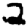
Digit: 2